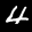
Label: 4